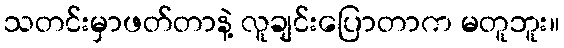
သတင်းမှာဖတ်တာနဲ့ လူချင်းပြောတာက မတူဘူး။